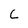
Character: C